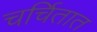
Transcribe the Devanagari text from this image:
चर्चितात